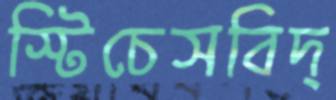
স্টিচেসবিদ্